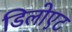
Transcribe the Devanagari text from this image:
डिलोएट